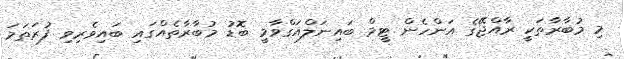
މި މުބާރާތަކީ ރާއްޖޭގެ އަންހެން ޓީމް ބައިނަލްއަގްވާމީ ބޮޑު މުބާރާތެއްގައި ބައިވެރިވި ފުރަތަަމަ